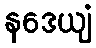
နဒေယျံ